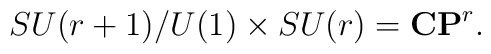
SU(r+1)/U(1)\times SU(r)=\mathbf{CP}^r.